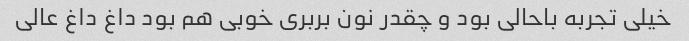
خیلی تجربه باحالی بود و چقدر نون بربری خوبی هم بود داغ داغ عالی